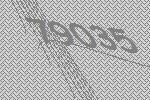
79035